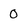
Character: 0